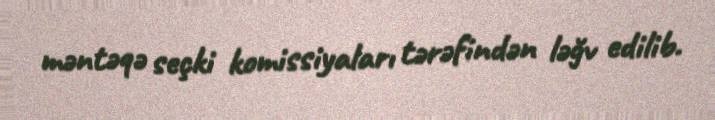
məntəqə seçki komissiyaları tərəfindən ləğv edilib.